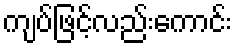
ကျပ်ဖြင့်လည်းကောင်း